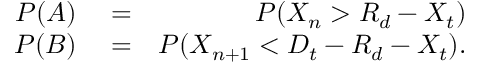
\begin{array} { r l r } { P ( A ) } & { { } = } & { P ( X _ { n } > R _ { d } - X _ { t } ) } \\ { P ( B ) } & { { } = } & { P ( X _ { n + 1 } < D _ { t } - R _ { d } - X _ { t } ) . } \end{array}